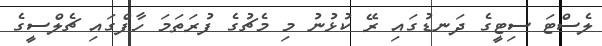
ލެސްޓަ ސިޓީގެ ދަނޑުގައި ރޭ ކުޅުނު މި މެޗުގެ ފުރަތަމަ ހާފްގައި ޗެލްސީގެ